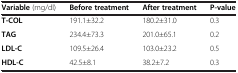
<table><thead><tr><td><b>Variable (mg/dl)</b></td><td><b>Before treatment</b></td><td><b>After treatment</b></td><td><b>P-value</b></td></tr></thead><tbody><tr><td><b>T-COL</b></td><td>191.1±32.2</td><td>180.2±31.0</td><td>0.3</td></tr><tr><td><b>TAG</b></td><td>234.4±73.3</td><td>201.0±65.1</td><td>0.2</td></tr><tr><td><b>LDL-C</b></td><td>109.5±26.4</td><td>103.0±23.2</td><td>0.5</td></tr><tr><td><b>HDL-C</b></td><td>42.5±8.1</td><td>38.2±7.2</td><td>0.3</td></tr></tbody></table>